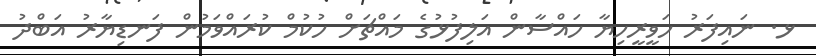
ޅ. ނައިފަރު ހަވީރީހިޔާ ހައްސާން އަލިފުޅުގެ މައްޗަށް ހުކުމް ކުރައްވަމުން ފަނޑިޔާރު އަބްދު